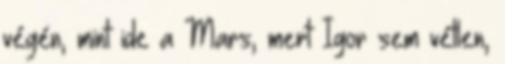
végén, mint ide a Mars, mert Igor sem vétlen,